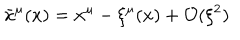
LaTeX: { \bar { x } } ^ { \mu } ( x ) = x ^ { \mu } - \xi ^ { \mu } ( x ) + \mathcal { O } ( \xi ^ { 2 } )